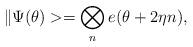
LaTeX: \begin{align*}\| \Psi (\theta) > = \bigotimes _n e(\theta+2 \eta n),\end{align*}